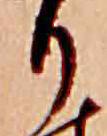
り